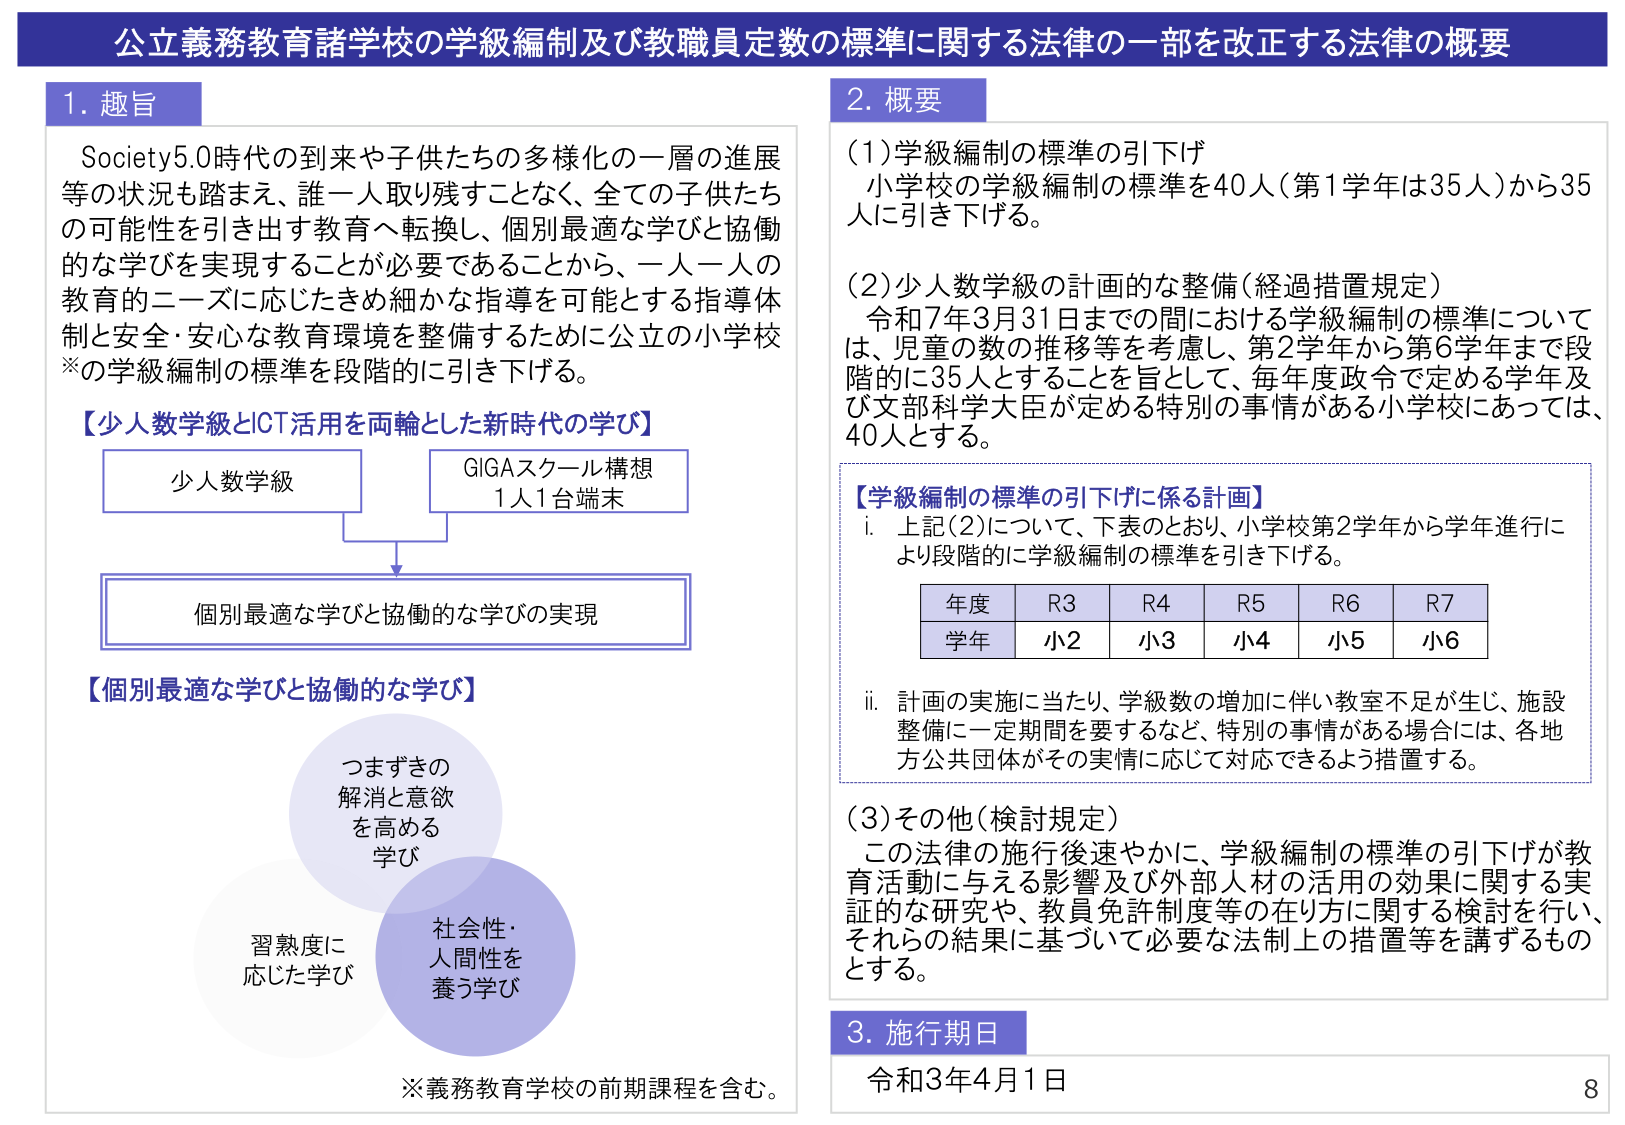
公立義務教育諸学校の学級編制及び教職員定数の標準に関する法律の一部を改正する法律の概要

1. 趣旨
Society5.0時代の到来や子供たちの多様化の一層の進展等の状況も踏まえ、誰一人取り残すことなく、全ての子供たちの可能性を引き出す教育へ転換し、個別最適な学びと協働的な学びを実現することが必要であることから、一人一人の教育的ニーズに応じたきめ細かな指導を可能とする指導体制と安全・安心な教育環境を整備するために公立の小学校※の学級編制の標準を段階的に引き下げる。

【少人数学級とICT活用を両輪とした新時代の学び】
少人数学級
GIGAスクール構想
1人1台端末
→
個別最適な学びと協働的な学びの実現

【個別最適な学びと協働的な学び】
つまずきの
解消と意欲
を高める
学び
習熟度に
応じた学び
社会性・
人間性を
養う学び

※義務教育学校の前期課程を含む。

2. 概要
(1) 学級編制の標準の引下げ
小学校の学級編制の標準を40人（第1学年は35人）から35人に引き下げる。

(2) 少人数学級の計画的な整備（経過措置規定）
令和7年3月31日までの間における学級編制の標準については、児童の数の推移等を考慮し、第2学年から第6学年まで段階的に35人とすることを旨として、毎年度政令で定める学年及び文部科学大臣が定める特別の事情がある小学校にあっては、40人とする。

【学級編制の標準の引下げに係る計画】
i. 上記(2)について、下表のとおり、小学校第2学年から学年進行により段階的に学級編制の標準を引き下げる。

年度　R3　R4　R5　R6　R7
学年　小2　小3　小4　小5　小6

ii. 計画の実施に当たり、学級数の増加に伴い教室不足が生じ、施設整備に一定期間を要するなど、特別の事情がある場合には、各地方公共団体がその実情に応じて対応できるよう措置する。

(3) その他（検討規定）
この法律の施行後速やかに、学級編制の標準の引下げが教育活動に与える影響及び外部人材の活用の効果に関する実証的な研究や、教員免許制度等の在り方に関する検討を行い、それらの結果に基づいて必要な法制上の措置等を講ずるものとする。

3. 施行期日
令和3年4月1日

8